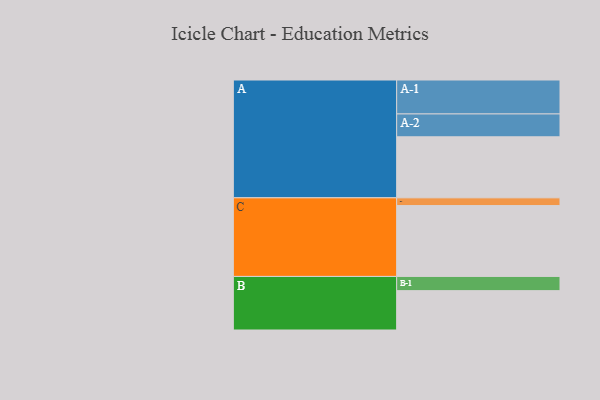
{"axis": {"x": "Segment", "y": "Value"}, "legend": ["", "A", "B", "C"], "data": [{"x": "A", "y": 473, "type": ""}, {"x": "B", "y": 305, "type": ""}, {"x": "C", "y": 549, "type": ""}, {"x": "A-1", "y": 263, "type": "A"}, {"x": "A-2", "y": 177, "type": "A"}, {"x": "B-1", "y": 110, "type": "B"}, {"x": "C-1", "y": 60, "type": "C"}]}